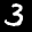
Label: 3